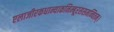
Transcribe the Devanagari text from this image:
एलाजीरकधान्याकनिम्बूरससमन्वितम्।